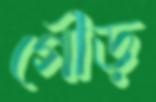
গৌড়